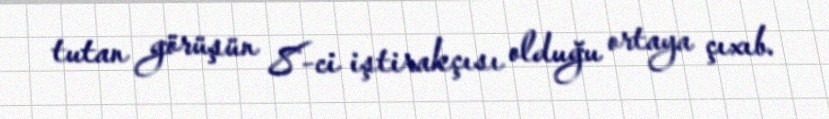
tutan görüşün 8-ci iştirakçısı olduğu ortaya çıxıb.